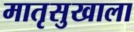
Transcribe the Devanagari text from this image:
मातृसुखाला